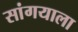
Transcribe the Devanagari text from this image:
सांगयाला